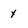
Character: y